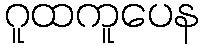
ဂူထကူပေန